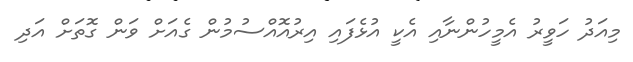
މިއަދު ހަވީރު އެމީހުންނާއި އެކީ އުޅެފައި އިރުއޮއްސުމުން ގެއަށް ވަން ގޮތަށް އަދި